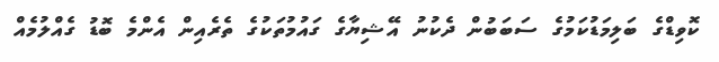
ކޮވިޑްގެ ބަލިމަޑުކަމުގެ ސަބަބުން ދެކުނު އޭޝިޔާގެ ގައުމުތަކުގެ ތެރެއިން އެންމެ ބޮޑު ގެއްލުމެއް